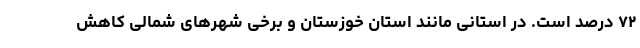
۷۲ درصد است‌. در استانی مانند استان خوزستان و برخی شهرهای شمالی کاهش